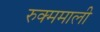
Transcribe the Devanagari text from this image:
रुक्ममाली